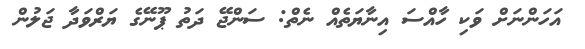
އަހަންނަށް ވަކި ހާއްސަ އިނާޔަތެއް ނެތް: ސަންޖޭ ދަތު ޕޫނޭގެ ޔަރްވަދާ ޖަލުން